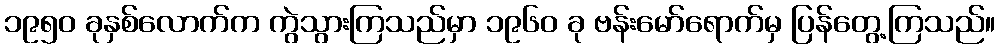
၁၉၅၀ ခုနှစ်လောက်က ကွဲသွားကြသည်မှာ ၁၉၆၀ ခု ဗန်းမော်ရောက်မှ ပြန်တွေ့ကြသည်။